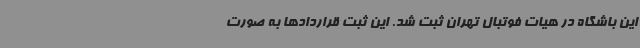
این باشگاه در هیات فوتبال تهران ثبت شد. این ثبت قراردادها به صورت